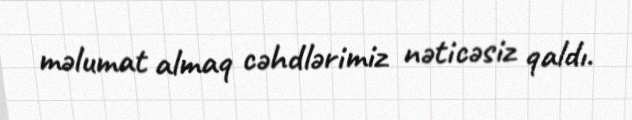
məlumat almaq cəhdlərimiz nəticəsiz qaldı.